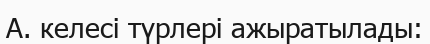
А. келесі түрлері ажыратылады: